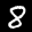
Label: 8